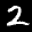
Label: 2